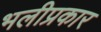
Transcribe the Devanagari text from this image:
भलीप्रकार